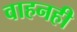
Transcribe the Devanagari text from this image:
वाहनही